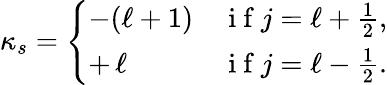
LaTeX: \kappa_{s}=\left\{ \begin{array}{ll}{-(\ell+1)}&{\mathrm{~i~f~}j=\ell+\frac{1}{2},}\\ {+\, \ell}&{\mathrm{~i~f~}j=\ell-\frac{1}{2}.}\end{array}\right.